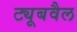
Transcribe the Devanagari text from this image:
ट्यूबवैल